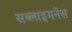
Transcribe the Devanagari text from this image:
सब्लाइमनेस